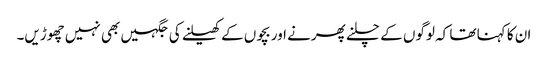
ان کا کہنا تھا کہ لوگوں کے چلنے پھرنے اور بچوں کے کھیلنے کی جگہیں بھی نہیں چھوڑیں۔